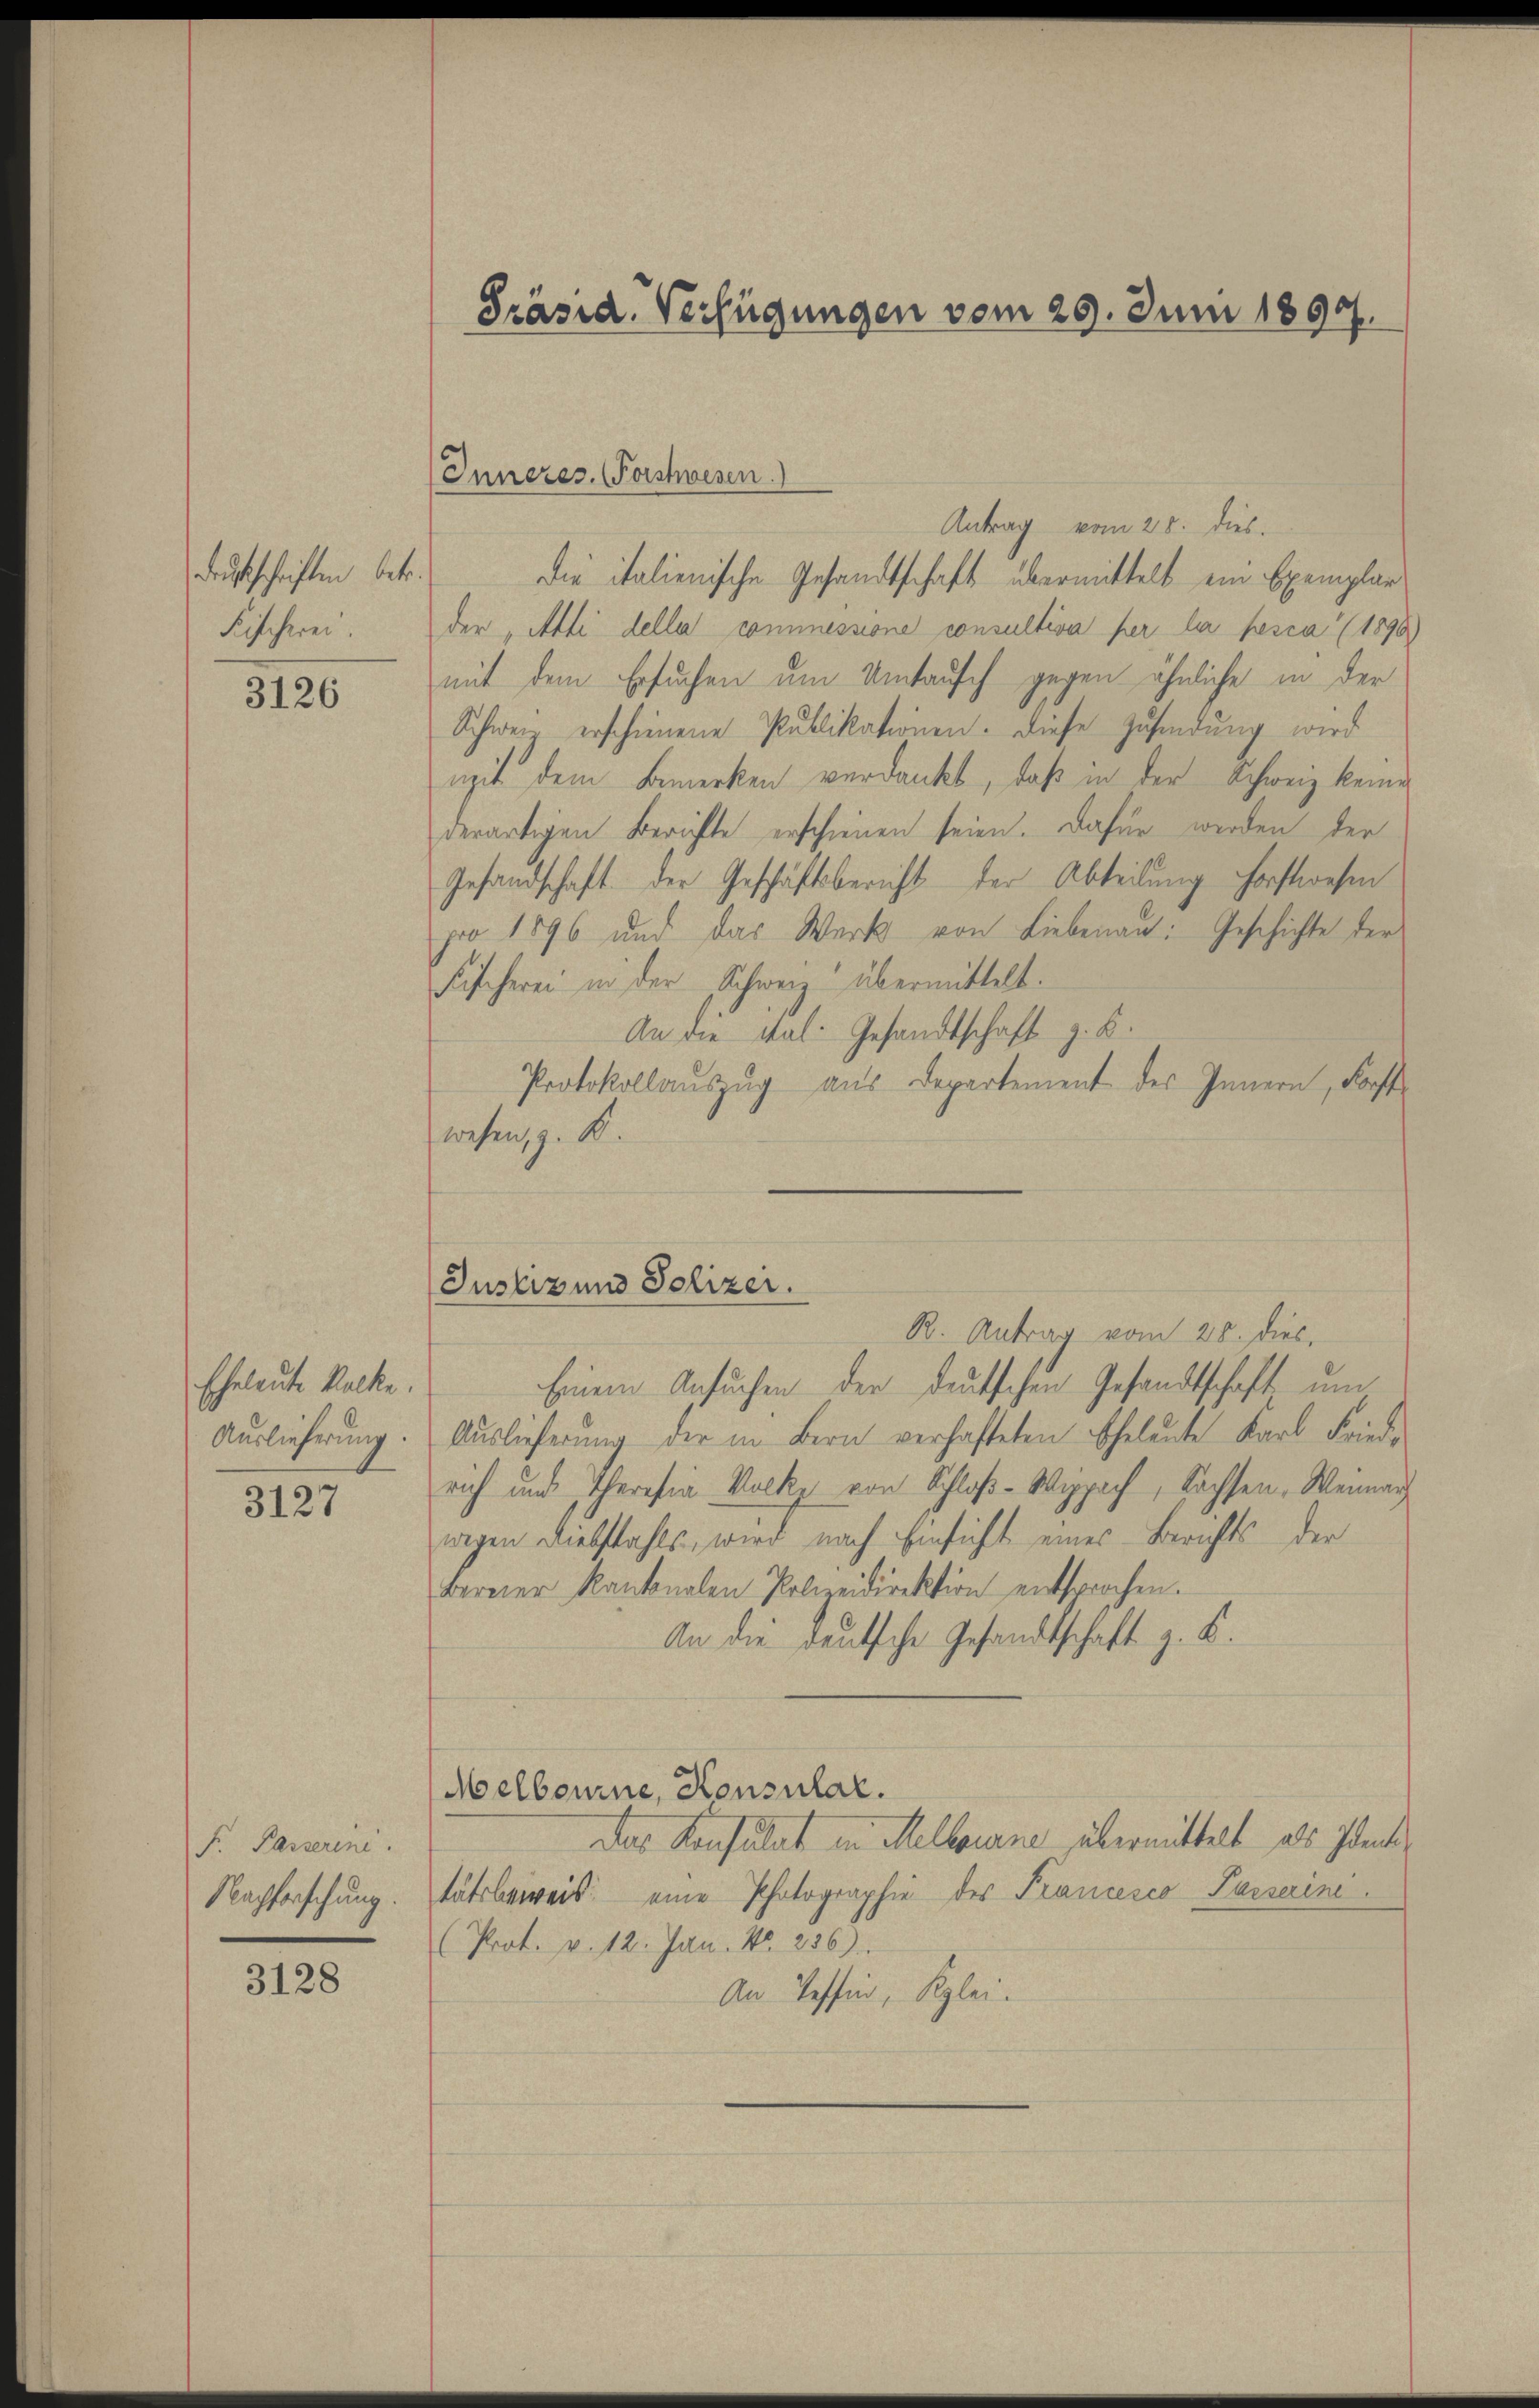
Druckschriften betr.
Fischerei.

3126

Eheleute Kalke
Auslieferung.

3127

F. Passerine
Nachforschung.

3128

Präsid. Verfügungen vom 29. Juni 1899.

Antrag vom 20. dies.
die italienische Gesandtschaft übermittelt ein Exemplar
der „Alli della commessione consultiva per la pesca (1890
mit dem Ersuchen um Umtausch gegen ähnliche in der
Schwei erschienene Publikationen. Diese Zusendung wird
mit dem Bemerken verdankt, daß in der Schweiz keine
derartigen Berichte erschienen seien. Dafür werden der
Gesandschaft der Geschäftsbericht der Abteilung forstwesen
po 1896 und das Werk von Liebenau: Geschichte der
Fischerei in der Schwere übermittelt.
An die Tal. Gesandtschaft z. B.
Protokollauszug aus Departement des Innern, Forst
wesen, z. K.
R. Antrag vom 28. dies,
Einem Ansuchen der deutschen Gesandtschaft um
Auslieferung der in Bern verhafteten Eheleute Karl Friede
rich und Theresia Volke von Schloß-Wippach, Sachsen, Weinan
wegen Diebstahls, wird nach Einsicht eines Berichts der
bereier Kantonalen Polizeidirektion entsprochen.
An die deutsche Gesandtschaft z. B.
Melbourne, Konsular.
Das Konsulat in Melbouane übermittelt als Idente
tätsweis eine Photographie des Francesco Parserin
(Prot. v. 12. Jan. No. 236)
An Tessin, Klei¬

Inneres. (Forstwesen.

Justiz und Polizei.